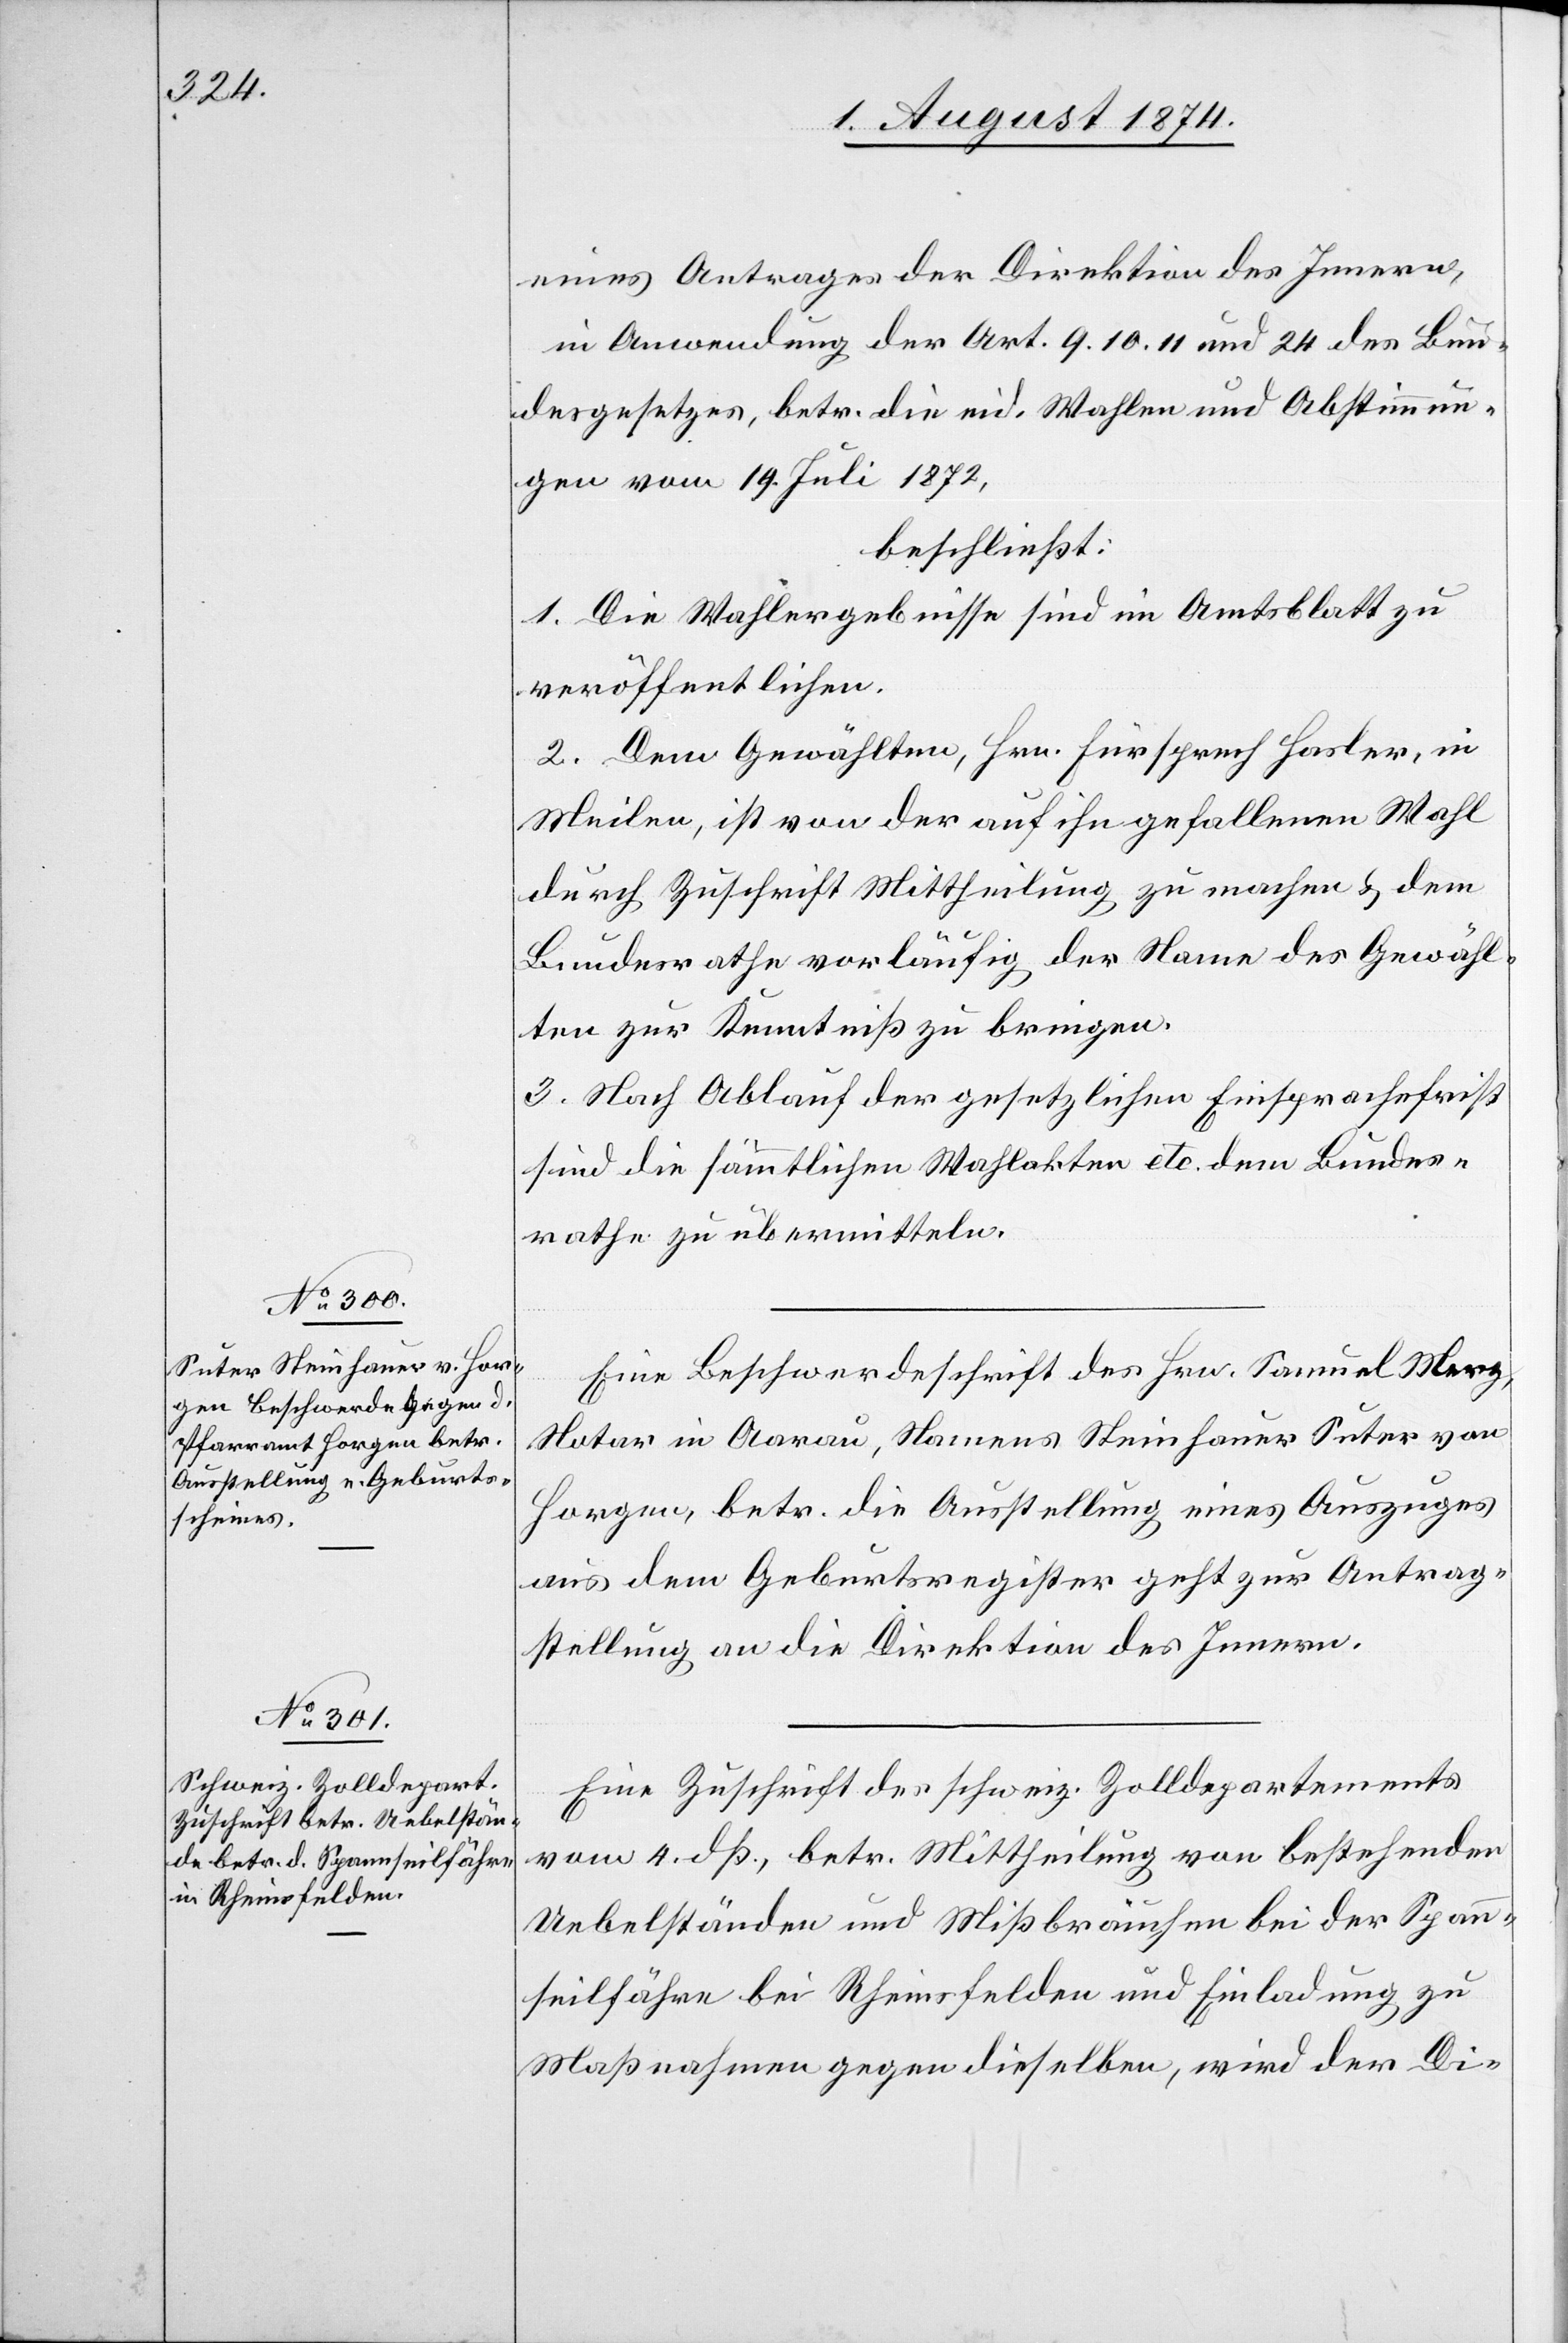
6. August 1874.]
eines Antrages der Direktion des Innern,
in Anwendung der Art. 9.[,] 10.[,] 11. und 24 des Bun¬
desgesetzes, betr. die eid. Wahlen und Abstimmun¬
gen vom 19. Juli 1872,
beschließt:
1. Die Wahlergebnisse sind im Amtsblatt zu
veröffentlichen.
2. Dem Gewählten, Hrn. Fürsprech Hasler, in
Meilen, ist von der auf ihn gefallenen Wahl
durch Zuschrift Mittheilung zu machen u. dem
Bundesrathe vorläufig der Name des Gewähl¬
ten zur Kenntniß zu bringen.
3. Nach Ablauf der gesetzlichen Einsprachefrist
sind die sämmtlichen Wahlakten etc. dem Bundes¬
rathe zu übermitteln.
Eine Beschwerdeschrift des Hrn. Samuel Merz,
Notar in Aarau, Namens Steinhauer Suter von
Horgen, betr. die Ausstellung eines Auszuges
aus dem Geburtsregister geht zur Antrag¬
stellung an die Direktion des Innern.
Eine Zuschrift des schweiz. Zolldepartements
vom 4. dß., betr. Mittheilung von bestehenden
Uebelständen und Mißbräuchen bei der Spann¬
seilfähre bei Rheinfelden und Einladung zu
Maßnahmen gegen dieselbe, wird der Di-